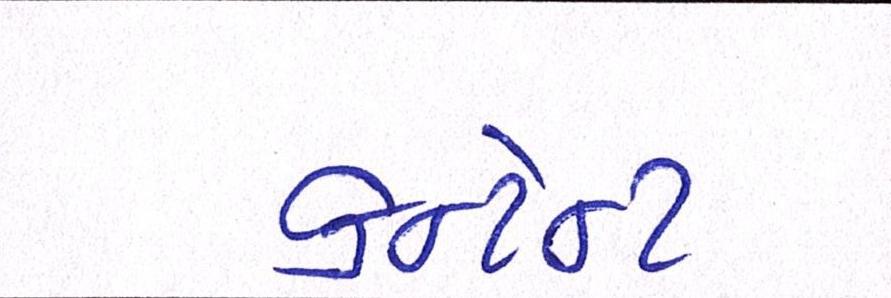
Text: કન્ટેન્ટ